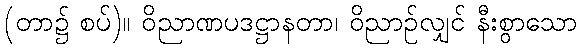
(တာ၌ စပ်)။ ဝိညာဏပဒဋ္ဌာနတာ၊ ဝိညာဉ်လျှင် နီးစွာသော